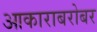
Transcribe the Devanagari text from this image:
आकाराबरोबर